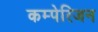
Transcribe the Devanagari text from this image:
कम्पेरिजन